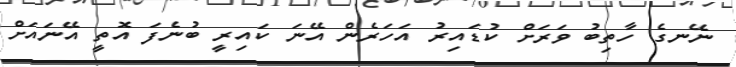
ނޭނގެ ހާތިބު ވަރަށް ކުޑައިރު އަހަރެން އޭނަ ކައިރީ ބުނެފަ އޮތީ އޭނައަށް